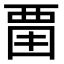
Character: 𧟮